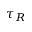
\tau _ { R }